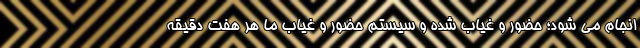
انجام می شود؛ حضور و غیاب شده و سیستم حضور و غیاب ما هر هفت دقیقه